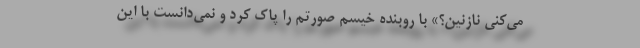
می‌کنی نازنین؟» با روبنده خیسم صورتم را پاک کرد و نمی‌دانست با این